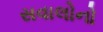
સવાલોનો